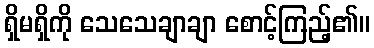
ရှိမရှိကို သေသေချာချာ စောင့်ကြည့်၏။